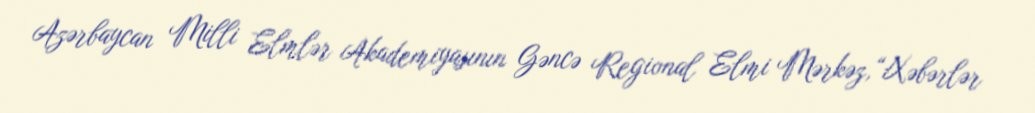
Azərbaycan Milli Elmlər Akademiyasının Gəncə Regional Elmi Mərkəz,“Xəbərlər